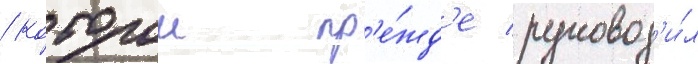
/ которои пр'е́жд'е руковод'и́л